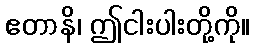
ဧတာနိ၊ ဤငါးပါးတို့ကို။